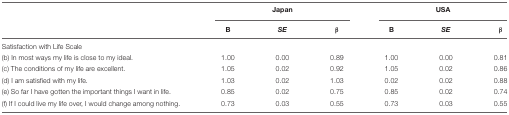
<table><thead><tr><td></td><td colspan="3"><b>Japan</b></td><td colspan="3"><b>USA</b></td></tr><tr><td></td><td><b>B</b></td><td><b><i>SE</i></b></td><td><b>β</b></td><td><b>B</b></td><td><b><i>SE</i></b></td><td><b>β</b></td></tr></thead><tbody><tr><td>Satisfaction with Life Scale</td><td></td><td></td><td></td><td></td><td></td><td></td></tr><tr><td>(b) In most ways my life is close to my ideal.</td><td>1.00</td><td>0.00</td><td>0.89</td><td>1.00</td><td>0.00</td><td>0.81</td></tr><tr><td>(c) The conditions of my life are excellent.</td><td>1.05</td><td>0.02</td><td>0.92</td><td>1.05</td><td>0.02</td><td>0.86</td></tr><tr><td>(d) I am satisfied with my life.</td><td>1.03</td><td>0.02</td><td>1.03</td><td>0.02</td><td>0.02</td><td>0.88</td></tr><tr><td>(e) So far I have gotten the important things I want in life.</td><td>0.85</td><td>0.02</td><td>0.75</td><td>0.85</td><td>0.02</td><td>0.74</td></tr><tr><td>(f) If I could live my life over, I would change among nothing.</td><td>0.73</td><td>0.03</td><td>0.55</td><td>0.73</td><td>0.03</td><td>0.55</td></tr></tbody></table>